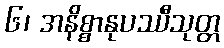
၆၊ အနိစ္စာနုပဿီသုတ္တ